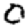
Digit: 0